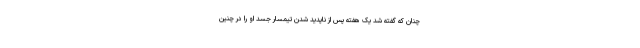
چنان که گفته شد یک هفته پس از ناپدید شدن تیمسار جسد او را در چنین